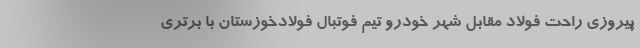
پیروزی راحت فولاد مقابل شهر خودرو تیم فوتبال فولادخوزستان با برتری